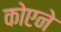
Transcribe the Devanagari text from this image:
कोएने